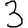
Digit: 3